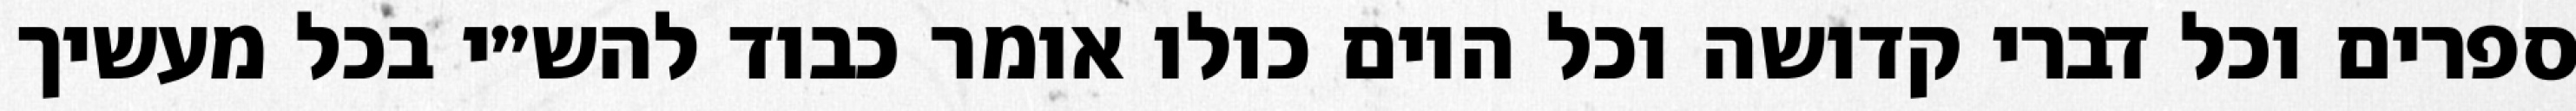
ספרים וכל דברי קדושה וכל היום כולו אומר כבוד להש״י בכל מעשיך